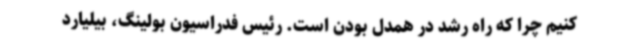
کنیم چرا که راه رشد در همدل بودن است. رئیس فدراسیون بولینگ، بیلیارد